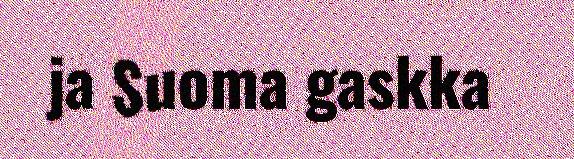
ja Suoma gaskka